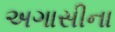
અગાસીના